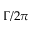
\Gamma / 2 \pi